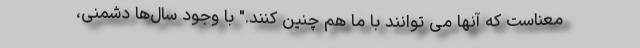
معناست که آنها می توانند با ما هم چنین کنند." با وجود سال‌ها دشمنی،